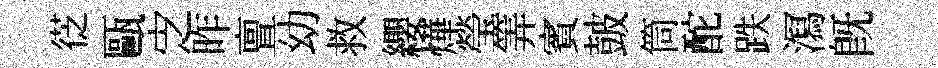
徔甌㝎昨亶幼救纓燁瑩筭賓皷筒酡跌㵼旣